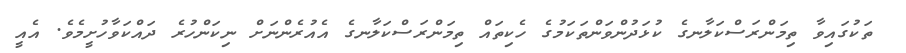
ތަކުގައިވާ ތިމަންރަސްކަލާނގެ ކުޅަދުންވަންތަކަމުގެ ހެކިތައް ތިމަންރަސްކަލާނގެ އެއުރެންނަށް ނިކަންހުރެ ދައްކަވާހުށީމެވެ. އެއީ